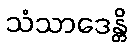
သံသာဒေန္တိ